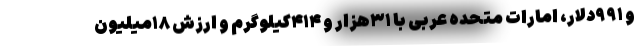
و ۹۹۱دلار، امارات متحده عربی با ۳۱هزار و ۴۱۴کیلوگرم و ارزش ۱۸میلیون